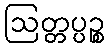
ဩတ္တပ္ပဉ္စ